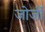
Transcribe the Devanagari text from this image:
जोर्जी